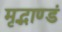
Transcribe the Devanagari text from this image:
मृद्भाण्डं